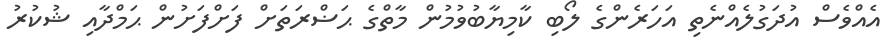
އެއްވެސް އުދަގުލެއްނެތި އަހަރެންގެ ލޯބި ކާމިޔާބުވުމުން މާތްގެ ޙަޟްރަތަށް ފަށްފަށުން ޙަމްދާއި ޝުކުރު